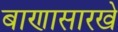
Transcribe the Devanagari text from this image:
बाणासारखे